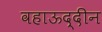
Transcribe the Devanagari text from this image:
वहाऊद्दीन